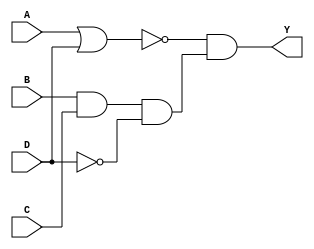

module comb_dataflow(Y, A, B, C, D);

    output Y;
    input A, B, C, D;

    assign Y = ~(A | D) & (B & C & ~D);

endmodule